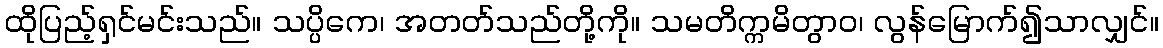
ထိုပြည့်ရှင်မင်းသည်။ သပ္ပိကေ၊ အတတ်သည်တို့ကို။ သမတိက္ကမိတွာဝ၊ လွန်မြောက်၍သာလျှင်။